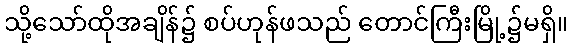
သို့သော်ထိုအချိန်၌ စပ်ဟုန်ဖသည် တောင်ကြီးမြို့၌မရှိ။